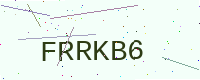
Text: FRRKB6